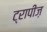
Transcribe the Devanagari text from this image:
ट्रापीज़